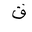
Letter: _qaf